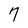
Character: 7